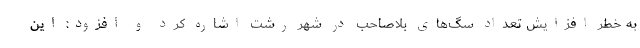
به خطر افزایش تعداد سگ‌های بلاصاحب در شهر رشت اشاره کرد و افزود: این